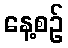
နေ့စဉ်